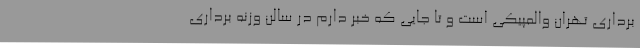
برداری تهران والمپیکی است و تا جایی که خبر دارم در سالن وزنه برداری